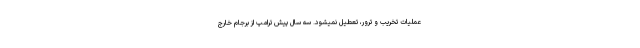
عملیات تخریب و ترور، تعطیل نمیشود. سه سال پیش ترامپ از برجام خارج